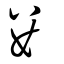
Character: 婁